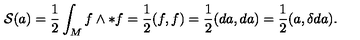
{ \cal S } ( a ) = \frac { 1 } { 2 } \int _ { M } f \wedge * f = \frac { 1 } { 2 } ( f , f ) = \frac { 1 } { 2 } ( d a , d a ) = \frac { 1 } { 2 } ( a , \delta d a ) .